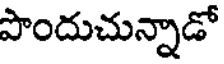
పొందుచున్నాడో